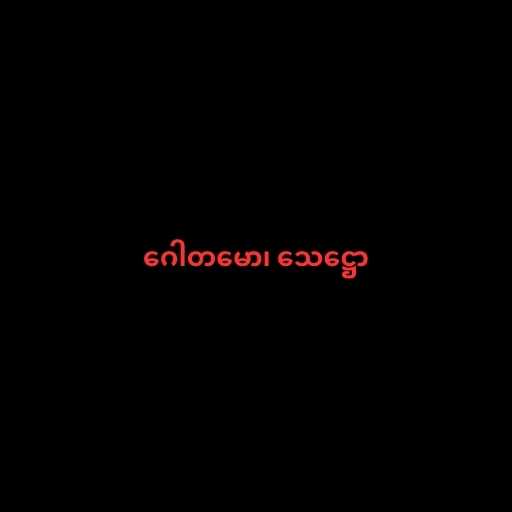
ဂေါတမော၊ သေဋ္ဌော